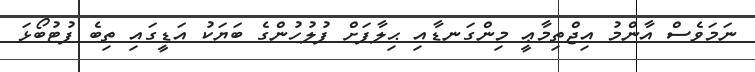
ނަމަވެސް އާންމު އިޖްތިމާޢީ މިންގަނޑާއި ޙިލާފަށް ފުލުހުންގެ ބަޔަކު އަޑީގައި ތިބެ ފުޓުބޯޅަ